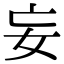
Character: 妄